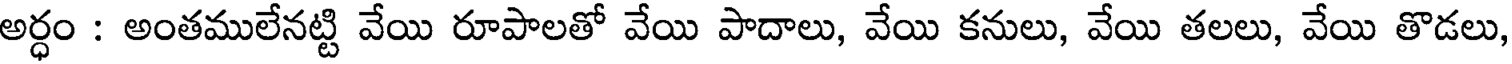
అర్ధం : అంతములేనట్టి వేయి రూపాలతో వేయి పాదాలు, వేయి కనులు, వేయి తలలు, వేయి తొడలు,